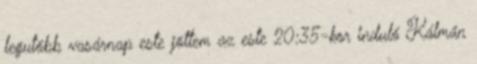
legutóbb vasárnap este jöttem az este 20:35-kor induló Kálmán